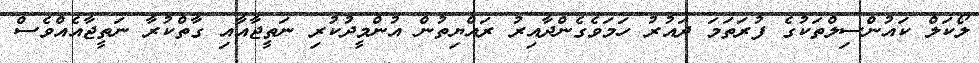
ލޯކަލް ކައުންސިލްތަކުގެ ފުރަތަމަ ދައުރު ހަމަވެގެންދާއިރު ރައްޔިތުން އުންމީދުކުރި ނަތީޖާއާއި ގާތްކުރާ ނަތީޖާއެއްވެސް